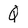
Character: Q